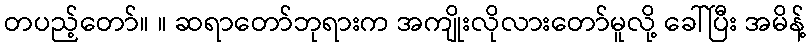
တပည့်တော်။ ။ ဆရာတော်ဘုရားက အကျိုးလိုလားတော်မူလို့ ခေါ်ပြီး အမိန့်